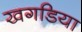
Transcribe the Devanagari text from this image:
खगडिया